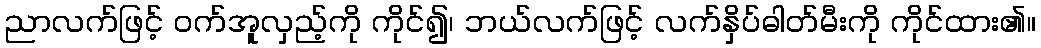
ညာလက်ဖြင့် ဝက်အူလှည့်ကို ကိုင်၍၊ ဘယ်လက်ဖြင့် လက်နှိပ်ဓါတ်မီးကို ကိုင်ထား၏။